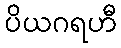
ပိယဂရဟီ